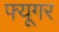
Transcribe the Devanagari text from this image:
फ्यूगर